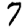
Digit: 7